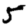
Digit: 5